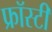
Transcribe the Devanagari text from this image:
फ्रॉस्टी